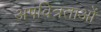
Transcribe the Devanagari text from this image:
अपवित्रताओं